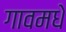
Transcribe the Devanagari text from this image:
गावमधे